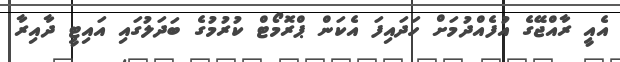
އެއީ ރާއްޖޭގެ އުފެއްދުމަށް ހަދައިފަ އެކަން ޕްރޮމޯޓް ކުރުމުގެ ބަދަލުގައި އައިޓީ ދާއިރާ